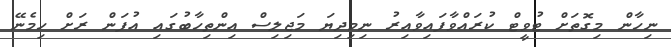
ނިހާން މިގޮތަށް ޓުވީޓް ކުރައްވާފައިވާއިރު ނިމިދިޔަ މަޖިލިސް އިންތިހާބުގައި އުފަން ރަށް ހިމެނޭ